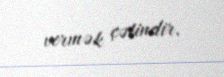
vermək çətindir.